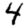
Digit: 4